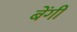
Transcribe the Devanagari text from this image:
बेंगी